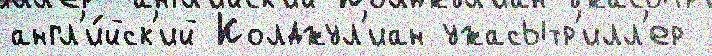
англ'и́йск'ий Колджул'иан ужасытр'илл'ер